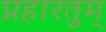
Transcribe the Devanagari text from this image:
प्रहारतुम्